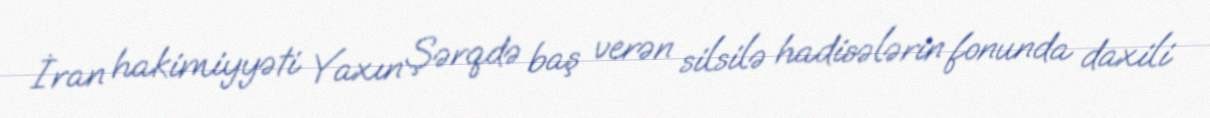
İran hakimiyyəti Yaxın Şərqdə baş verən silsilə hadisələrin fonunda daxili